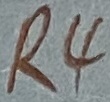
Text: R4